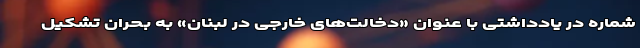
شماره در یادداشتی با عنوان «دخالت‌های خارجی در لبنان» به بحران تشکیل